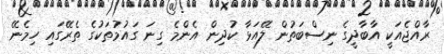
ރާއްޖެއަކީ އާބާދީގެ ނިސްބަތުން ލޭއަޅާ ކުދިން އެންމެ ގިނަ ގައުމުތަކުގެ ތެރޭގައި ހިމެނޭ